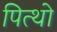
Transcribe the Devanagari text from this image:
पित्थो